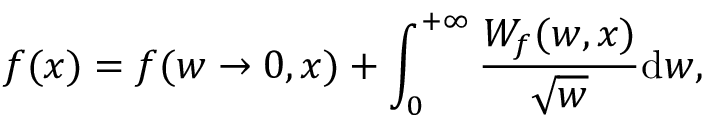
f ( x ) = f ( w \rightarrow 0 , x ) + \int _ { 0 } ^ { + \infty } \frac { W _ { f } ( w , x ) } { \sqrt { w } } \mathrm { d } w ,